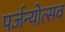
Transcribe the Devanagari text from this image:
पर्जन्योत्सव